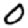
Digit: 0